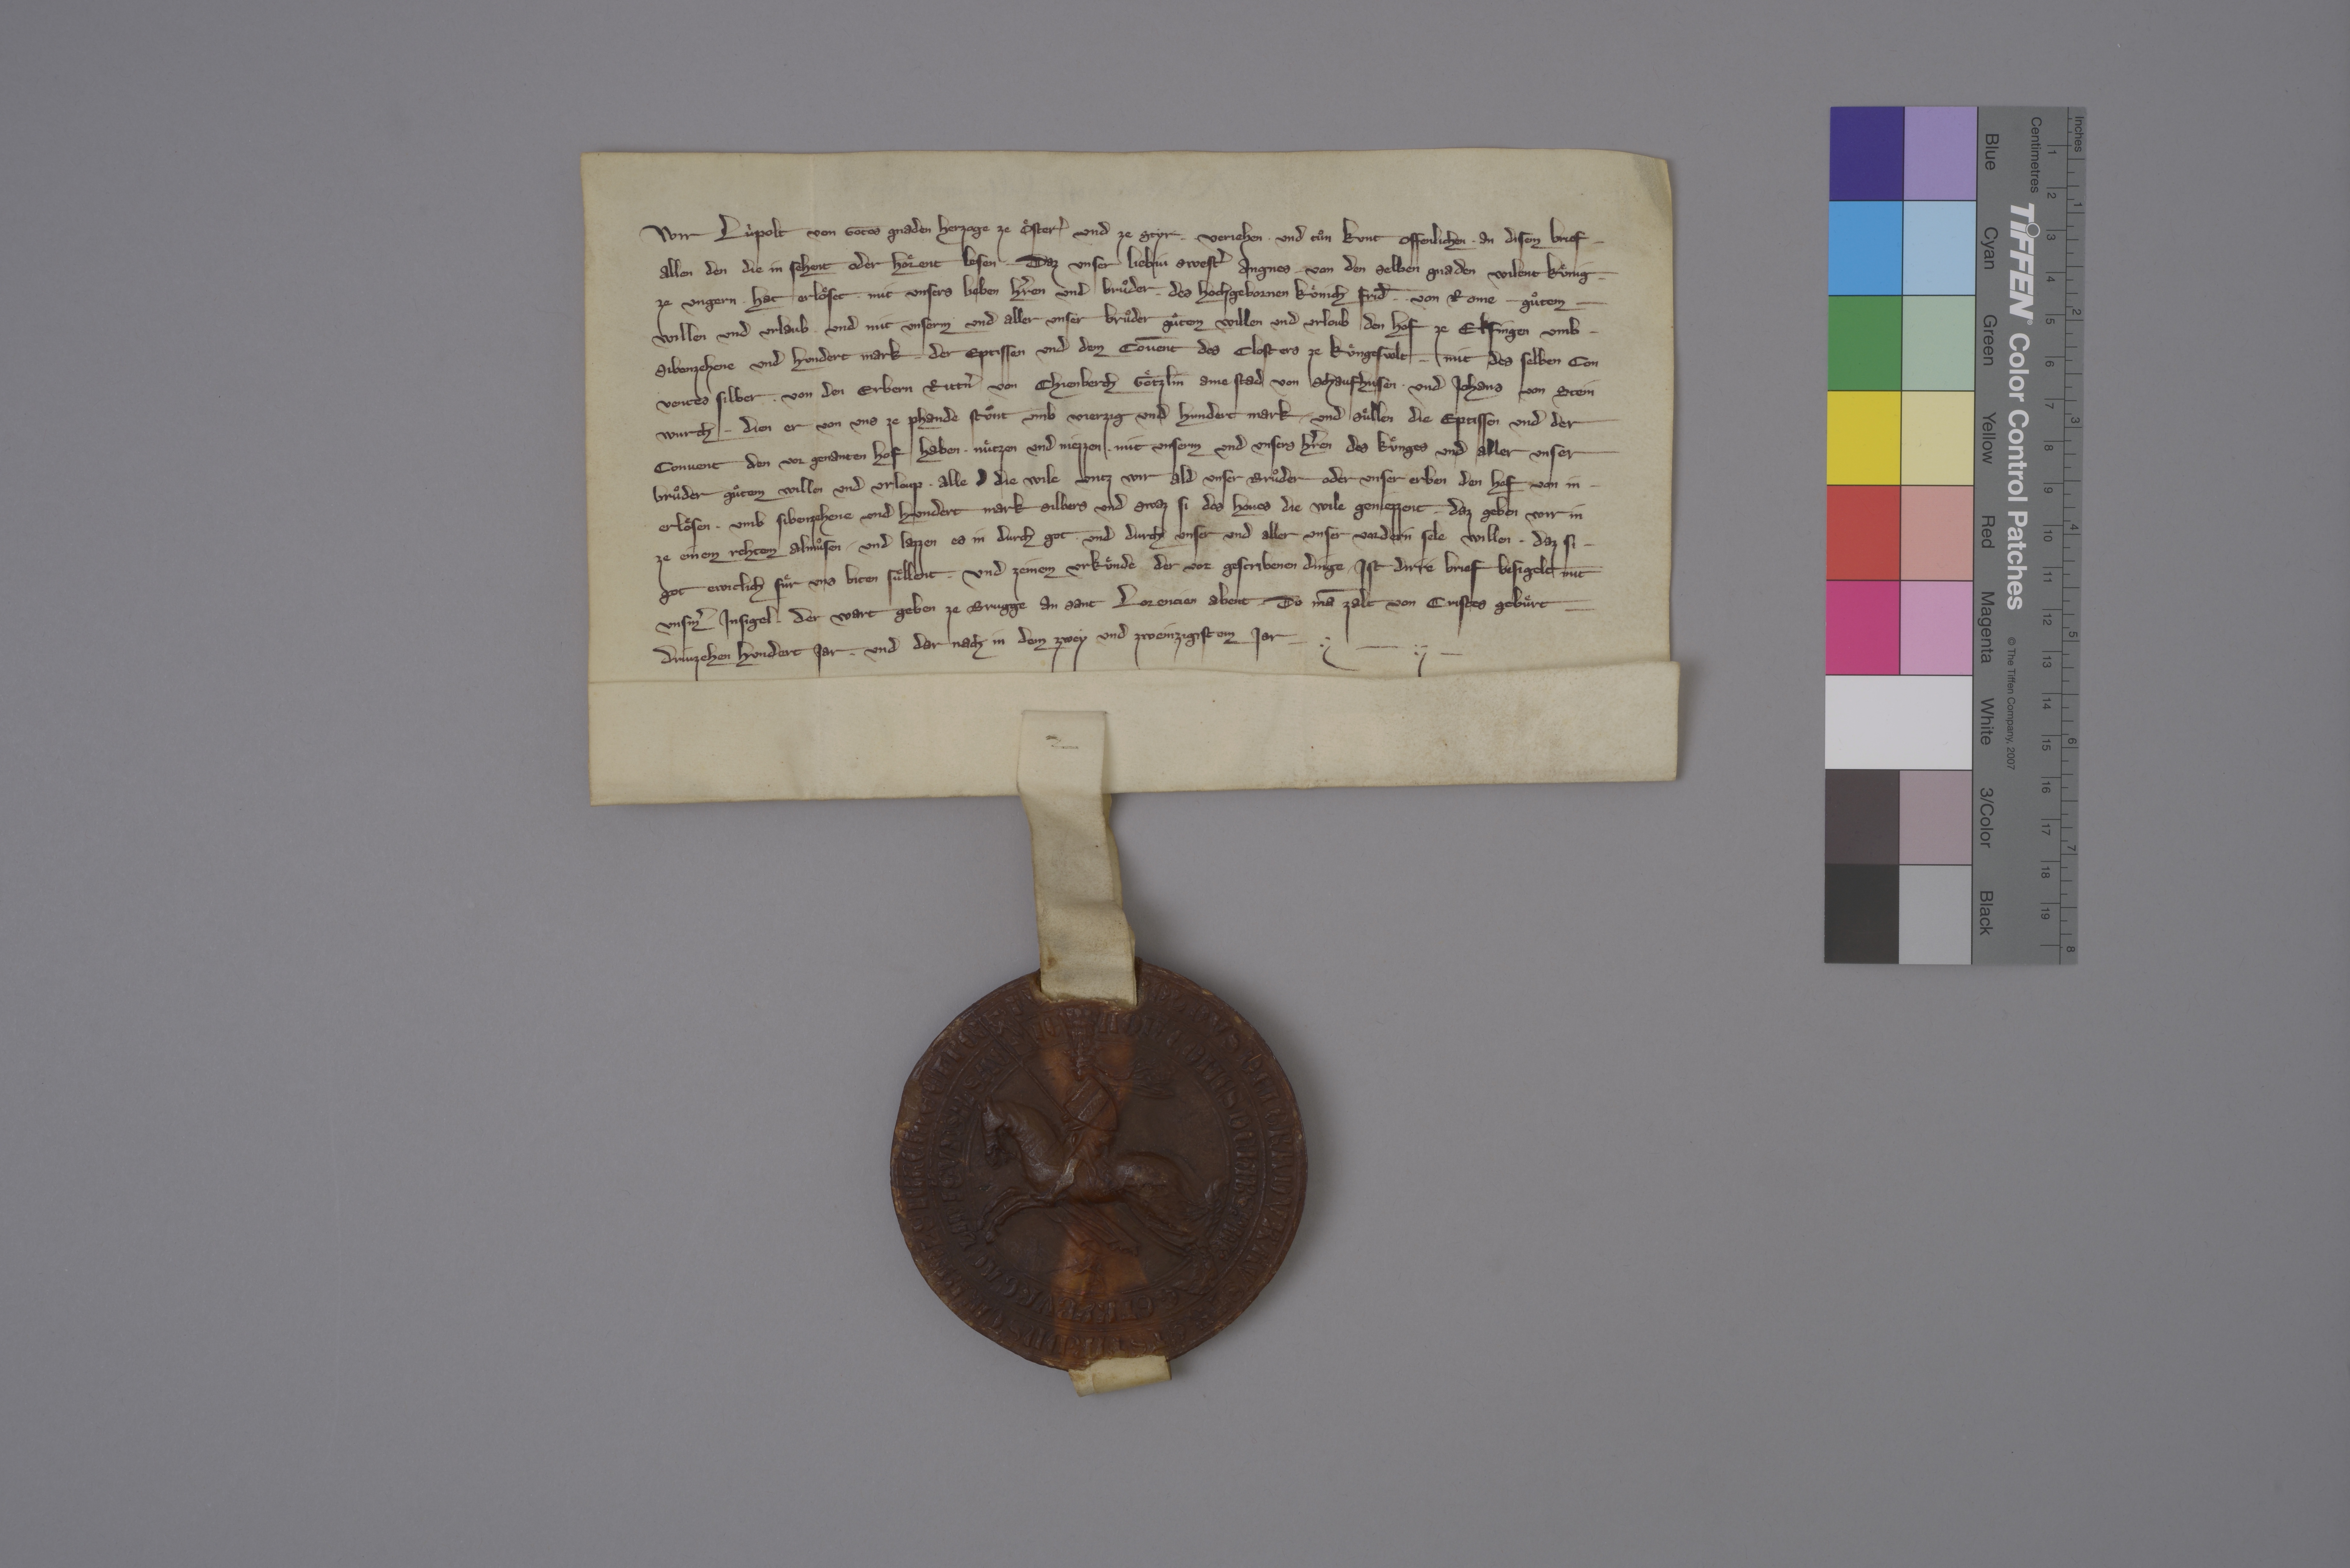
Wir, Lùpolt, von gotes gnaden herzoge ze Oͤsterˀ und ze Styr, ✳ verjehen ✳ und tuͦn kunt offenlichen ✳ an disem brief ✳
allen den, die in sehent oder hoͤrent lesen, ✳ daz unser liebin swestˀ Angnes, von den selben gnaden wilent kuͤnig ✳
ze Ungern, ✳ hat erloͤset ✳ mit unsers lieben hˀren und bruͦder, ✳ des hochgebornen koͤnich Frid̄ ✳ ✳ von Rome, ✳ guͦtem ✳
willen und urlaub und mit unserm und aller unser bruͦder guͦtem willen und urloub den hof ze Elfingen umb ✳
sibenzehene und hundert mark ✳ der eptissen und dem cōvent des closters Kuͤngesvelt ✳ mit des selben con-
ventes silber ✳ von den erbern rittˀn von Chienberch, Goͤtzlin ame Stad von Schaufhusen ✳ und Johans von Stein-
wurch, ✳ dien er von uns ze phande stùnt umb vierzig und hundert mark. ✳ und suͤllen die eptissen und der
convent den vor genanten hof haben, ✳ nuͤtzen und niezzen ✳ mit unserm und unsers hˀren, des kuͤnges, und aller unser
bruͦder guͦtem willen und urloup, ✳ alle d die wile, untz wir ald unser bruͦder oder unser erben den hof von in ✳
erloͤsen ✳ umb sibenzehene und hundert mark silbers. und swaz si des hoves die wile geniezzent, ✳ daz geben wir in
ze einem rehtem almuͦsen ✳ und lazzen es in durch got ✳ und durch unser und aller unser vordern sele willen, ✳ daz si ✳
got ewiclich fuͤr uns biten suͤllent. ✳ und zeinem urkuͤnde der vor gescribenen dinge ✳ ist dirre brief besigelt mit
unsmˀ insigel, ✳ der wart geben ze Brugge an sant Lorencien abent, do mā zalt von Cristes gebuͤrt ✳
drùzehen hundert jar ✳ und dar nach in dem zwey und zweinzigistem jar. ✳